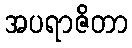
အပရာဇိတာ